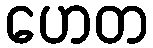
ဟေတ